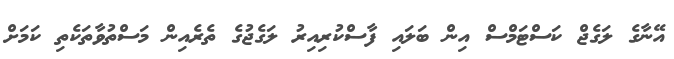
އޭނާގެ ލަގެޖް ކަސްޓަމްސް އިން ބަލައި ފާސްކުރިއިރު ލަގެޖުގެ ތެރެއިން މަސްތުވާތަކެތި ކަމަށް